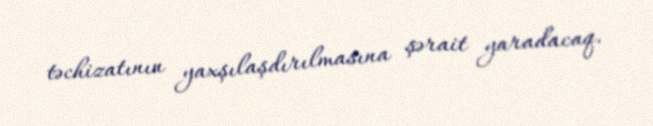
təchizatının yaxşılaşdırılmasına şərait yaradacaq.